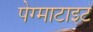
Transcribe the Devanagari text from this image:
पेग्माटाइट